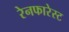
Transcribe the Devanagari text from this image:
रेनफारेस्ट